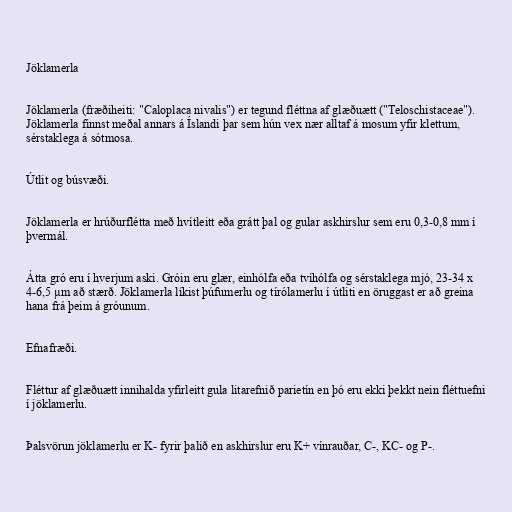
Jöklamerla

Jöklamerla (fræðiheiti: "Caloplaca nivalis") er tegund fléttna af glæðuætt ("Teloschistaceae").
Jöklamerla finnst meðal annars á Íslandi þar sem hún vex nær alltaf á mosum yfir klettum,
sérstaklega á sótmosa.

Útlit og búsvæði.

Jöklamerla er hrúðurflétta með hvítleitt eða grátt þal og gular askhirslur sem eru 0,3-0,8 mm í
þvermál.

Átta gró eru í hverjum aski. Gróin eru glær, einhólfa eða tvíhólfa og sérstaklega mjó, 23-34 x
4-6,5 µm að stærð. Jöklamerla líkist þúfumerlu og tírólamerlu í útliti en öruggast er að greina
hana frá þeim á gróunum.

Efnafræði.

Fléttur af glæðuætt innihalda yfirleitt gula litarefnið parietín en þó eru ekki þekkt nein fléttuefni
í jöklamerlu.

Þalsvörun jöklamerlu er K- fyrir þalið en askhirslur eru K+ vínrauðar, C-, KC- og P-.